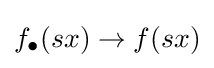
f_{\bullet }(sx)\to f(sx)